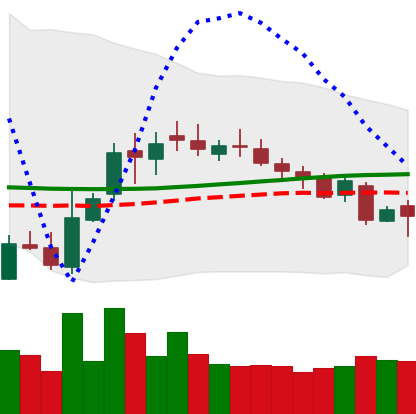
Ticker: XLM-USD
Chart end date: 2018-10-31
Forward return: 10.318%
Label: up_7plus